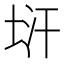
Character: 𭎚